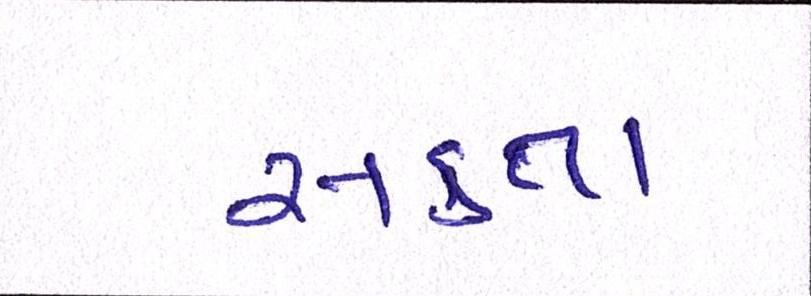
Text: સકતા